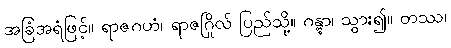
အခြံအရံဖြင့်။ ရာဇဂဟံ၊ ရာဇဂြိုလ် ပြည်သို့။ ဂန္တွာ၊ သွား၍။ တဿ၊